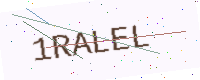
Text: 1RALEL